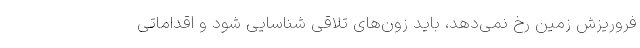
فروریزش زمین رخ نمی‌دهد، باید زون‌های تلاقی شناسایی شود و اقداماتی